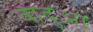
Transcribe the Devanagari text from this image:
वादुआ